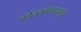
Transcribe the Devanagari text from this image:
पर्वतरांगेतपासून